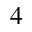
_ { 4 }